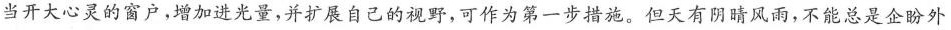
当开大心灵的窗户，增加进光量，并扩展自己的视野，可作为第一步措施。但天有阴晴风雨，不能总是企盼外